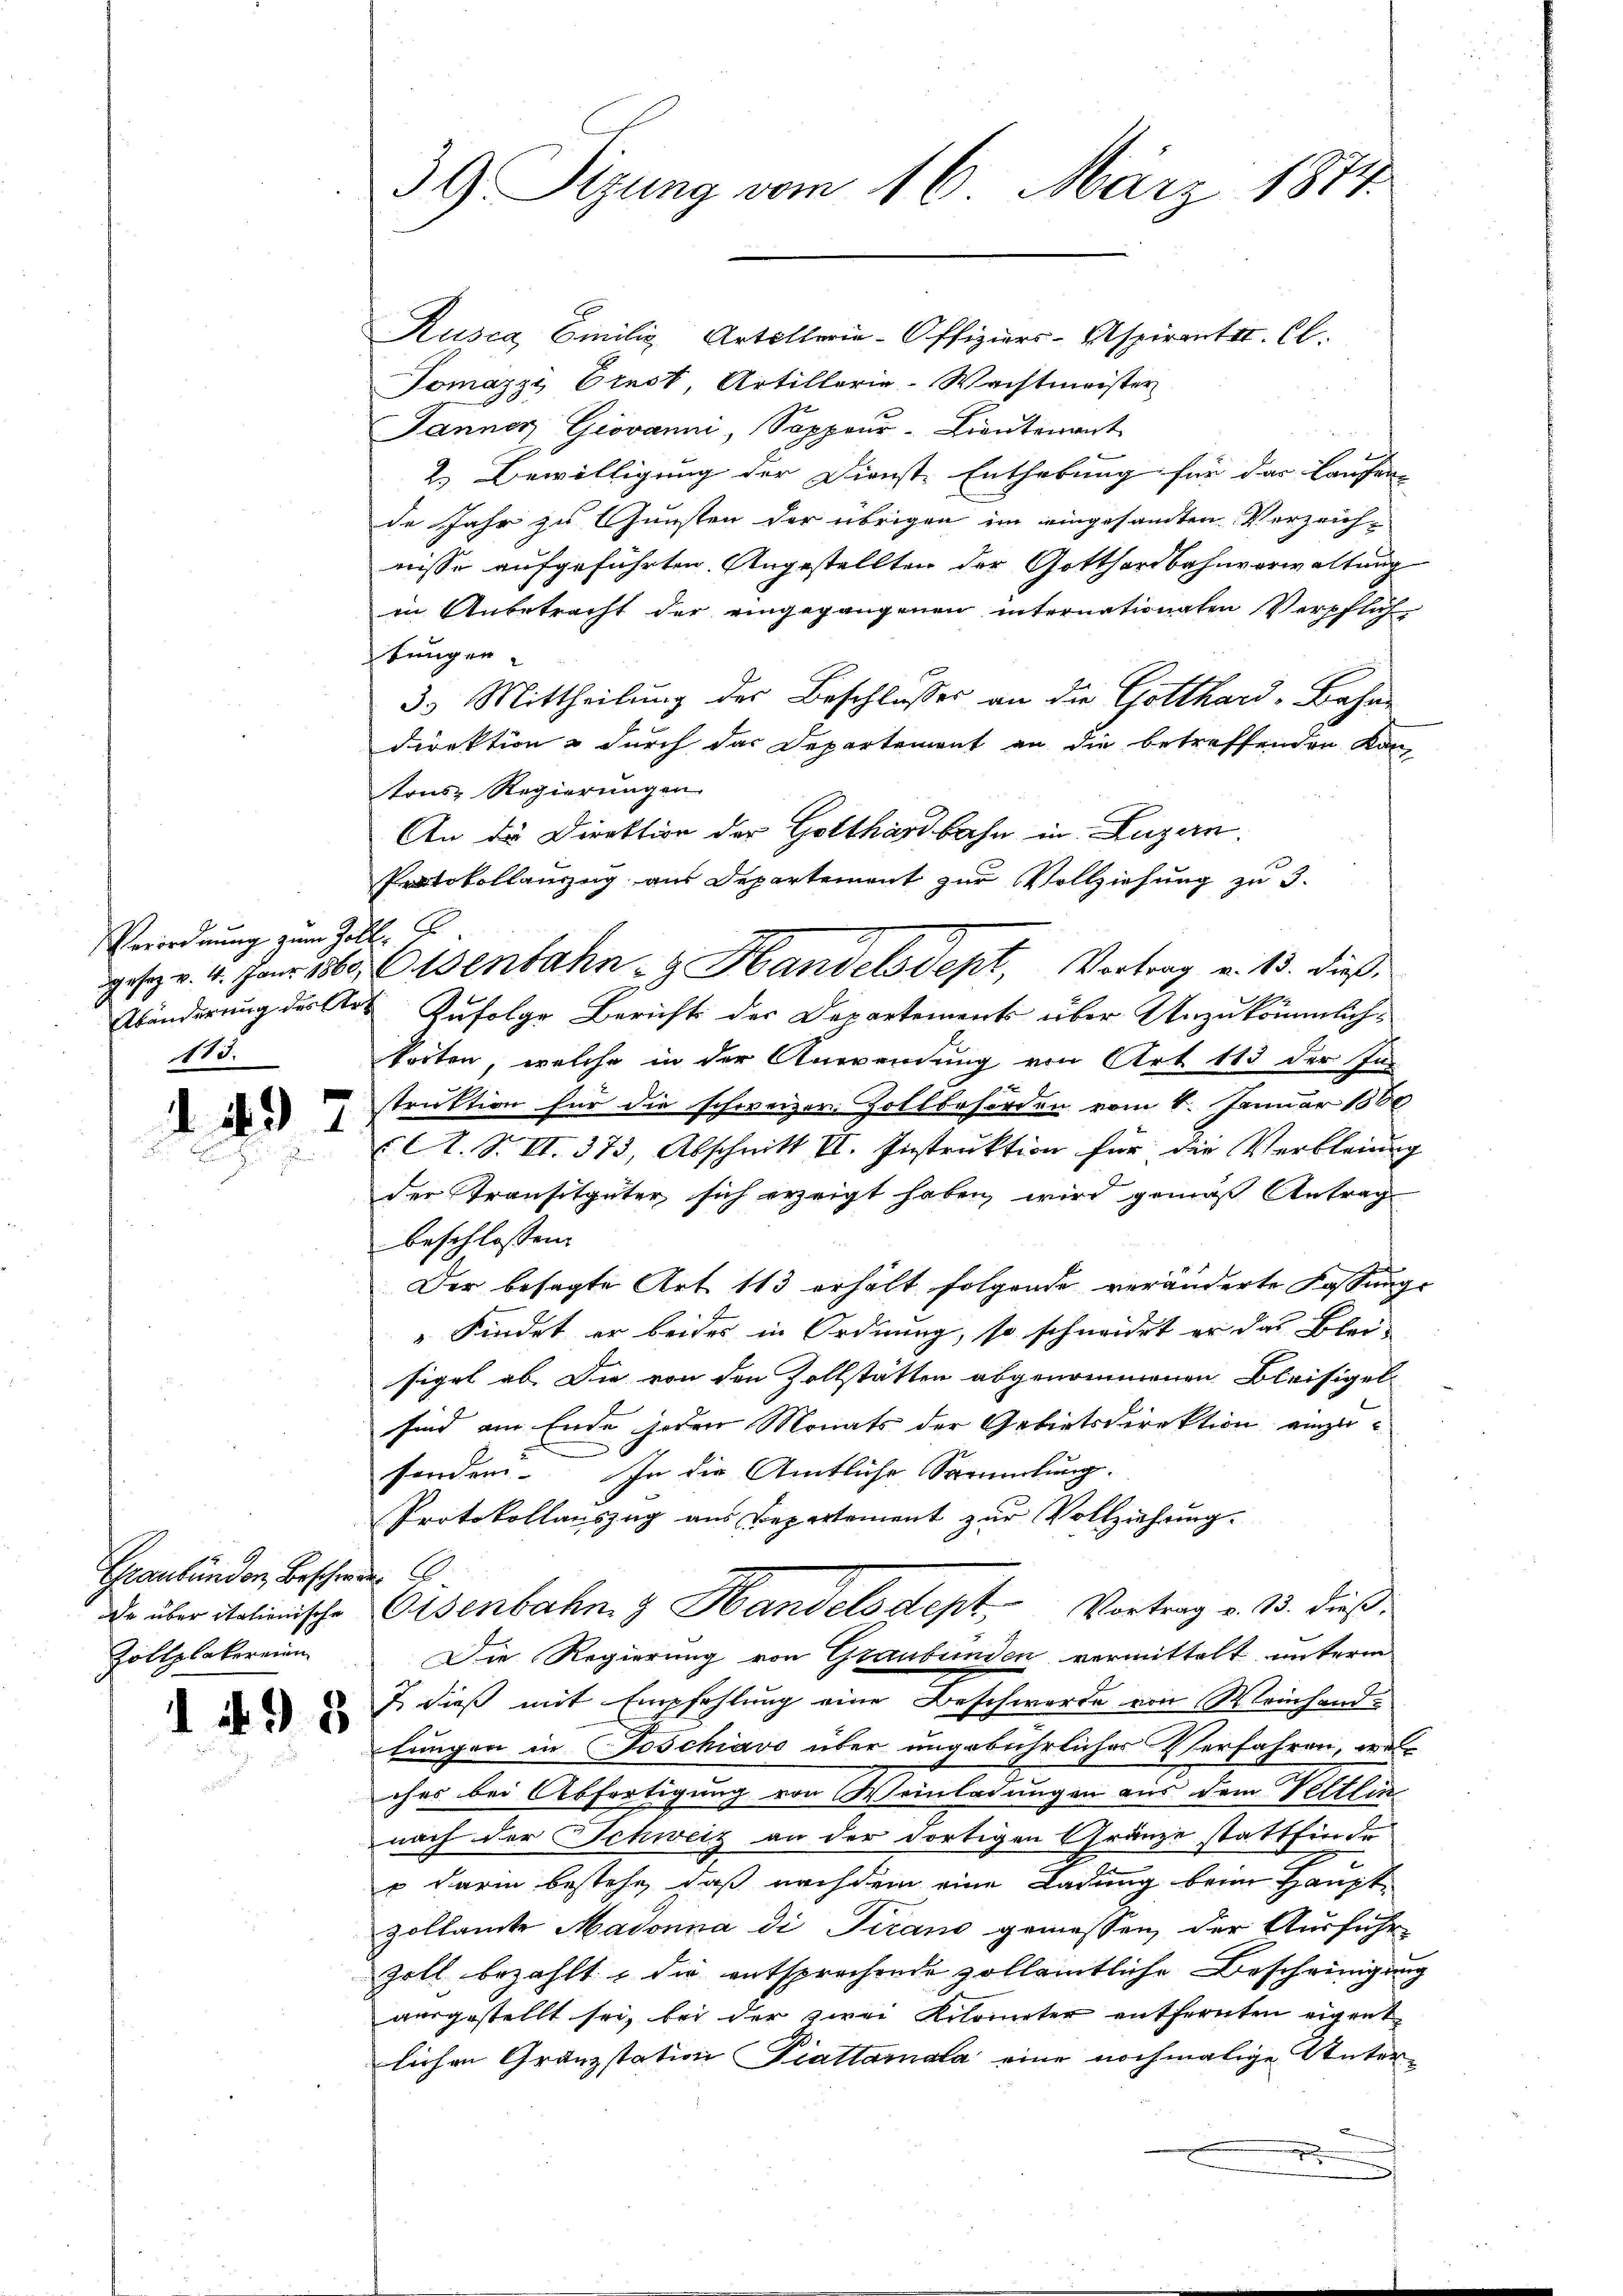
Verordnung zum Zoll. E
Abänderung der Ar
115.

d. 497

Graubünden, Beschweder
de über italienische
Zollplakerein

1498

39 Sizung vom 16. März 1874.

Rusca Emilie Artillerie-Offiziers-Aspirant II. Cl.
Tomazzi Ernst, Artillerie-Wachtmeister
Janner Giovanni, Sappeur-Lieutenant
2.) Bewilligung der Dienste Enthebung für das Laufer
de Jahr zu Gunsten der übrigen im eingesandten Verzeich-
nisse aufgeführten Angestellten der Gotthardbahnverwaltung
in Anbetracht der eingegangenen internationaten Verpflich-
tungen.
3. Mittheilung der Beschlusses an die Gotthard-Bahn-
Direktion & durch das Departement an die betreffenden Kan-
tons Regierungen
An die Direktion der Gotthardbahn in Luzern.
Protokollauszug aus Departement zur Vollziehung zu 3.
esr. 4. Janr. 1860, Osenbahn- & Handelsdept, Vortrag v. 13. dieß
Zufolge Berichts des Departement über Unzukömmlich-
korten, welche in der Anwendung von Art. 143 der Ins
struktion für die schweizer Zollbehörden vom 1. Januar 1888
C. S. II. 373, Abschnitt VI. Instruktion für die Verbleiung
der Transitgüter sich erzeigt haben, wird gemäß Antrag
beschlossen:
Der besagte Art 113 erhält folgende veränderte Fassungs
Findet er beides in Ordnung, so schweidet er das Bleisigel ab. Die von den Zollstätten abgenommenen Bleisigel
sind am Ende jeden Monats der Gebietsdirektion einzusonder. In die Amtliche Sammlung.
Protokollauszug aus Departement zur Vollziehung.
Osenbahn & Handelsdept. Vortrag v. 13. dieß:
Die Regierung von Graubünden vermittelt unterm
J. dieß mit Empfehlung eine Beschwerde von Meinhand-
lungen in Poschiavo über ungebührliches Verfahren, welc
ches bei Abfertigung von Weinladungen aus dem Veltlin
nach der Schweiz an der dortigen Gränze stattfürde
 darin bestehe, daß nachdem eine Ladung beim Haupt-
zollamte Madonna di Pirano gemessen, der Ausführ-
Zoll bezahlt, die entsprechende zollamtliche Bescheinigung
ausgestellt sei, bei der zwei Kilometer entfernten eigent
lichen Granzstation Piallamata eine nochmalige Unter-